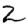
Digit: 2